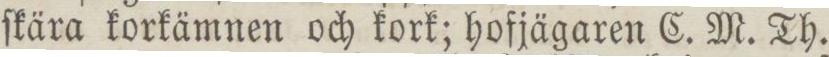
ſkära korkämnen och kork; hofjägaren C. M. Th.